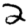
Digit: 2